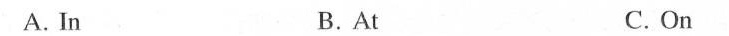
A. In B.At C. On